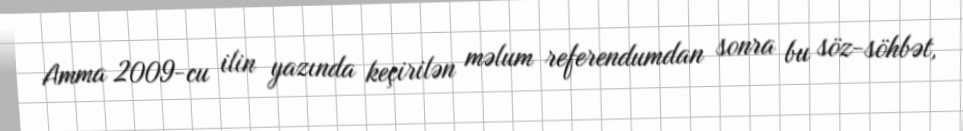
Amma 2009-cu ilin yazında keçirilən məlum referendumdan sonra bu söz-söhbət,